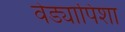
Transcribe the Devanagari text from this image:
वेड्यापिशा